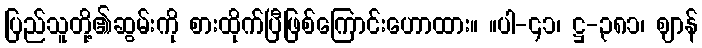
ပြည်သူတို့၏ဆွမ်းကို စားထိုက်ပြီဖြစ်ကြောင်းဟောထား။ ။ပါ-၄၁၊ ဋ္ဌ-၃၈၁၊ ဈာန်